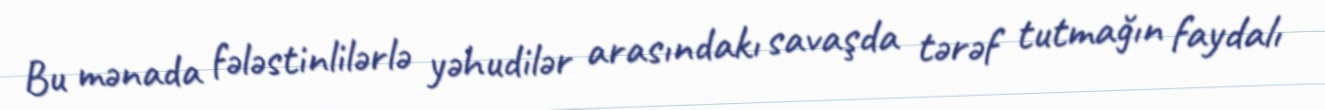
Bu mənada fələstinlilərlə yəhudilər arasındakı savaşda tərəf tutmağın faydalı